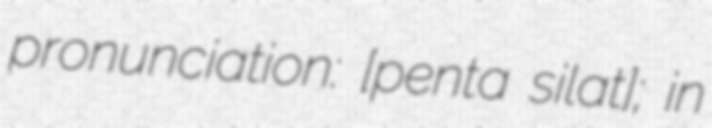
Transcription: pronunciation: [ˈpent͡ʃaʔ ˈsilat]; in